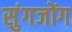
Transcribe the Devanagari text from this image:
सुंगजोंग